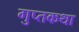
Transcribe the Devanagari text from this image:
गुप्तकथा